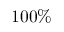
1 0 0 \%